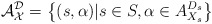
\begin{align*}\mathcal A_{\mathcal X}^{\mathcal D} = \left \{(s, \alpha)|s \in S, \alpha \in A_{X_s}^{D_s} \right \}\end{align*}